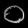
Digit: ၀